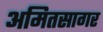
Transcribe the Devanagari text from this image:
अमितसागर